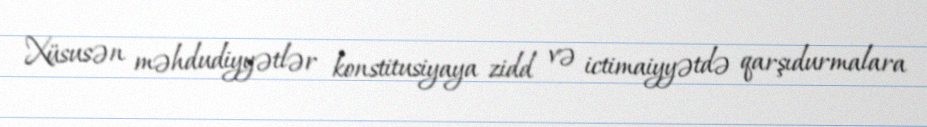
Xüsusən məhdudiyyətlər konstitusiyaya zidd və ictimaiyyətdə qarşıdurmalara